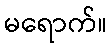
မရောက်။